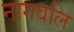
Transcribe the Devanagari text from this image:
नागवलि